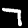
Label: 7